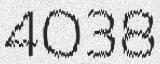
4038